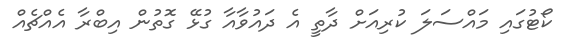
ކޯޓުގައި މައްސަލަ ކުރިއަށް ދާތީ އެ ދައުވާއާ ގުޅޭ ގޮތުން އިބްރާ އެއްޗެއް